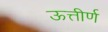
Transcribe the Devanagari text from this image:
ऊत्तीर्ण